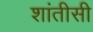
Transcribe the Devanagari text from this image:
शांतीसी